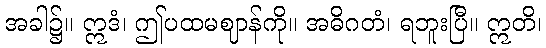
အခါ၌။ ဣဒံ၊ ဤပထမဈာန်ကို။ အဓိဂတံ၊ ရဘူးပြီ။ ဣတိ၊